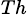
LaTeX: _{Th}